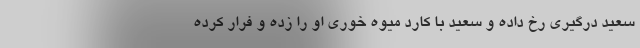
سعید درگیری رخ داده و سعید با کارد میوه خوری او را زده و فرار کرده